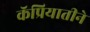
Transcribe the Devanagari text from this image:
कॅप्रियातीने